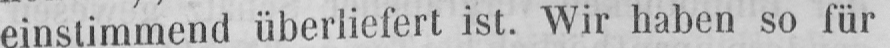
einstimmend überliefert ist. Wir haben so für